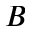
B